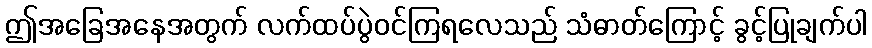
ဤအခြေအနေအတွက် လက်ထပ်ပွဲဝင်ကြရလေသည် သံဓာတ်ကြောင့် ခွင့်ပြုချက်ပါ